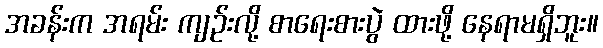
အခန်းက အရမ်း ကျဉ်းလို့ စာရေးစားပွဲ ထားဖို့ နေရာမရှိဘူး။